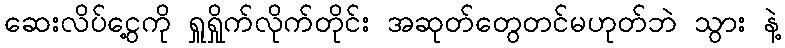
ဆေးလိပ်ငွေ့ကို ရှူရှိုက်လိုက်တိုင်း အဆုတ်တွေတင်မဟုတ်ဘဲ သွား နဲ့